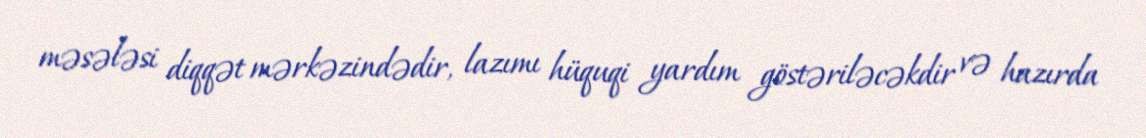
məsələsi diqqət mərkəzindədir, lazımı hüquqi yardım göstəriləcəkdir və hazırda